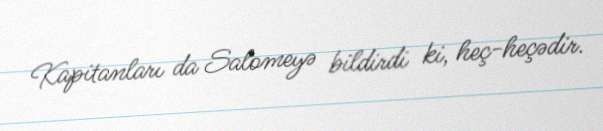
Kapitanları da Salomeyə bildirdi ki, heç-heçədir.